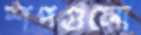
শপগুলো